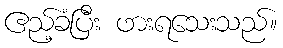
ဧည့်ခံပြီး ဖားရသေးသည်။